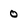
Character: 0